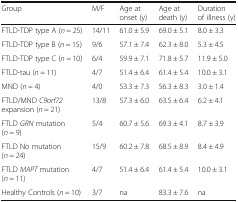
<table><thead><tr><td><b>Group</b></td><td><b>M/F</b></td><td><b>Age at onset (y)</b></td><td><b>Age at death (y)</b></td><td><b>Duration of illness (y)</b></td></tr></thead><tbody><tr><td>FTLD-TDP type A (<i>n</i> = 25)</td><td>14/11</td><td>61.0 ± 5.9</td><td>69.0 ± 5.1</td><td>8.0 ± 3.3</td></tr><tr><td>FTLD-TDP type B (<i>n</i> = 15)</td><td>9/6</td><td>57.1 ± 7.4</td><td>62.3 ± 8.0</td><td>5.3 ± 4.5</td></tr><tr><td>FTLD-TDP type C (<i>n</i> = 10)</td><td>6/4</td><td>59.9 ± 7.1</td><td>71.8 ± 5.7</td><td>11.9 ± 5.0</td></tr><tr><td>FTLD-tau (<i>n</i> = 11)</td><td>4/7</td><td>51.4 ± 6.4</td><td>61.4 ± 5.4</td><td>10.0 ± 3.1</td></tr><tr><td>MND (<i>n</i> = 4)</td><td>4/0</td><td>53.3 ± 7.3</td><td>56.3 ± 8.3</td><td>3.0 ± 1.4</td></tr><tr><td>FTLD/MND <i>C9orf72</i> expansion (<i>n</i> = 21)</td><td>13/8</td><td>57.3 ± 6.0</td><td>63.5 ± 6.4</td><td>6.2 ± 4.1</td></tr><tr><td>FTLD <i>GRN</i> mutation (<i>n</i> = 9)</td><td>5/4</td><td>60.7 ± 5.6</td><td>69.3 ± 4.1</td><td>8.7 ± 3.9</td></tr><tr><td>FTLD No mutation (<i>n</i> = 24)</td><td>15/9</td><td>60.2 ± 7.8</td><td>68.5 ± 8.9</td><td>8.4 ± 4.9</td></tr><tr><td>FTLD <i>MAPT</i> mutation (<i>n</i> = 11)</td><td>4/7</td><td>51.4 ± 6.4</td><td>61.4 ± 5.4</td><td>10.0 ± 3.1</td></tr><tr><td>Healthy Controls (<i>n</i> = 10)</td><td>3/7</td><td>na</td><td>83.3 ± 7.6</td><td>na</td></tr></tbody></table>